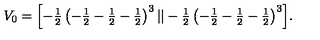
V _ { 0 } = \textstyle { \left[ - { \frac { 1 } { 2 } } \left( - { \frac { 1 } { 2 } } - { \frac { 1 } { 2 } } - { \frac { 1 } { 2 } } \right) ^ { 3 } | | - { \frac { 1 } { 2 } } \left( - { \frac { 1 } { 2 } } - { \frac { 1 } { 2 } } - { \frac { 1 } { 2 } } \right) ^ { 3 } \right] } .